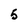
Character: 5